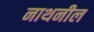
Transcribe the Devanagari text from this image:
नाथनील